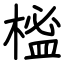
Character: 榓